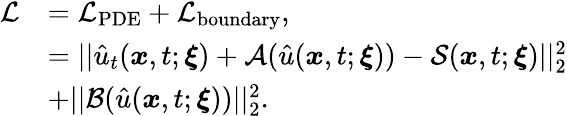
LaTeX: \begin{array}{rl}{\mathcal{L}}&{=\mathcal{L}_{\mathrm{PDE}}+\mathcal{L}_{\mathrm{boundary}},}\\ &{=||\hat{u}_{t}(\boldsymbol{x},t;\boldsymbol{\xi})+\mathcal{A}(\hat{u}(\boldsymbol{x},t;\boldsymbol{\xi}))-\mathcal{S}(\boldsymbol{x},t;\boldsymbol{\xi})||_{2}^{2}}\\ &{+||\mathcal{B}(\hat{u}(\boldsymbol{x},t;\boldsymbol{\xi}))||_{2}^{2}.}\end{array}